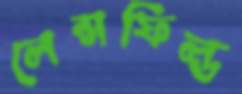
লেন্সফিল্ড